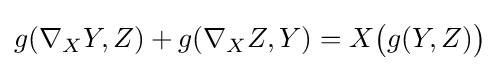
g(\nabla _{X}Y,Z)+g(\nabla _{X}Z,Y)=X{\bigl (}g(Y,Z){\bigr )}